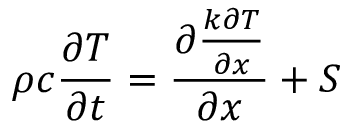
\rho c { \frac { \partial T } { \partial t } } = { \frac { \partial { \frac { k \partial T } { \partial x } } } { \partial x } } + S